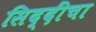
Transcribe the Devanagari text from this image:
सिद्दींचा